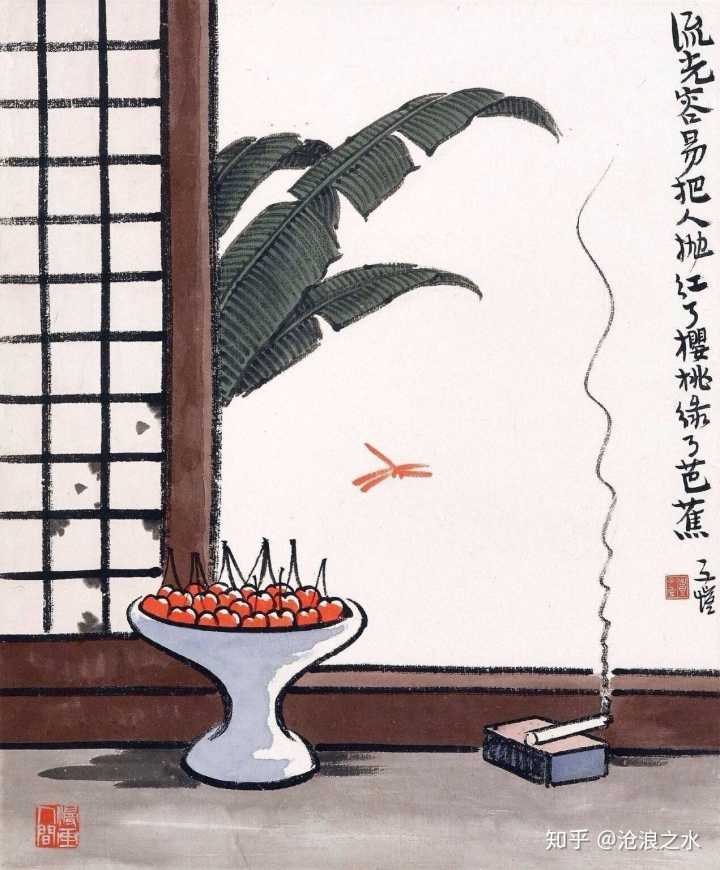
拨雪寻春，烧灯续昼。暗香院落梅开后。